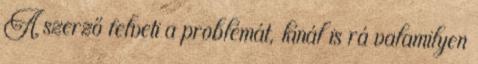
A szerző felveti a problémát, kínál is rá valamilyen